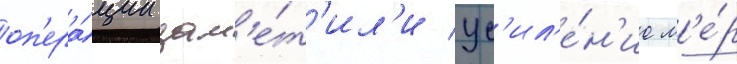
оп'ера́ции зам'е́т'ил'и ус'ил'е́н'ие м'е́р